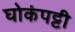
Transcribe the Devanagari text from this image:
घोकंपट्टी